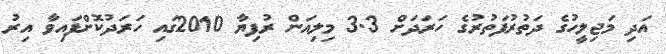
އަދި މަޖިލީހުގެ ދަތުރުފަތުރުގެ ހަރަދަށް 3.3 މިލިއަން ރުފިޔާ 2010ގައި ހަރަދުކޮށްފައިވާ އިރު